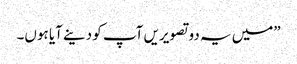
”میں یہ دو تصویریں آپ کو دینے آیا ہوں۔